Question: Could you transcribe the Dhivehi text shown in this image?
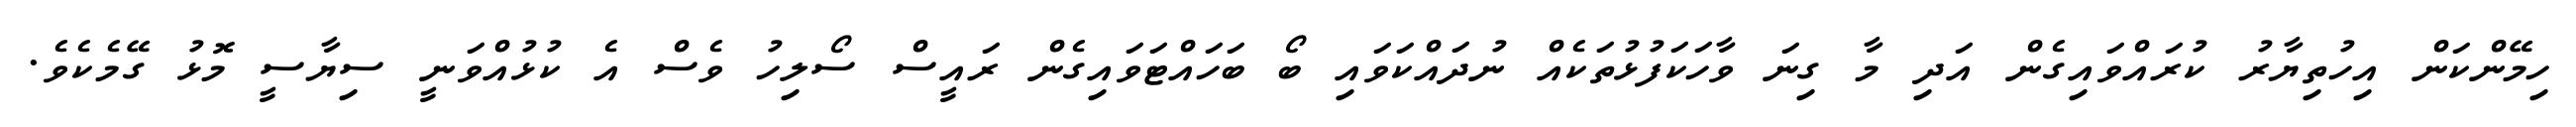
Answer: ހިމޭންކަން އިހުތިޔާރު ކުރައްވައިގެން އަދި މާ ގިނަ ވާހަކަފުޅުތަކެއް ނުދައްކަވައި ބޯ ބަހައްޓަވައިގެން ރައީސް ސޯލިހު ވެސް އެ ކުޅުއްވަނީ ސިޔާސީ މޮޅު ގޭމެކެވެ.